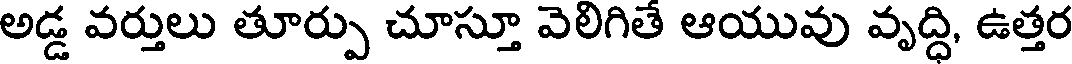
అడ్డ వర్తులు తూర్పు చూస్తూ వెలిగితే ఆయువు వృద్ధి, ఉత్తర